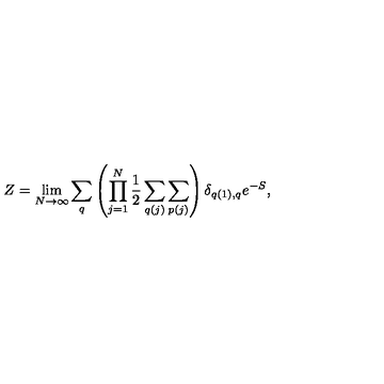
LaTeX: Z = \lim _ { N \rightarrow \infty } \sum _ { q } \left( \prod _ { j = 1 } ^ { N } \frac { 1 } { 2 } \sum _ { q ( j ) } \sum _ { p ( j ) } \right) \delta _ { q ( 1 ) , q } e ^ { - S } ,